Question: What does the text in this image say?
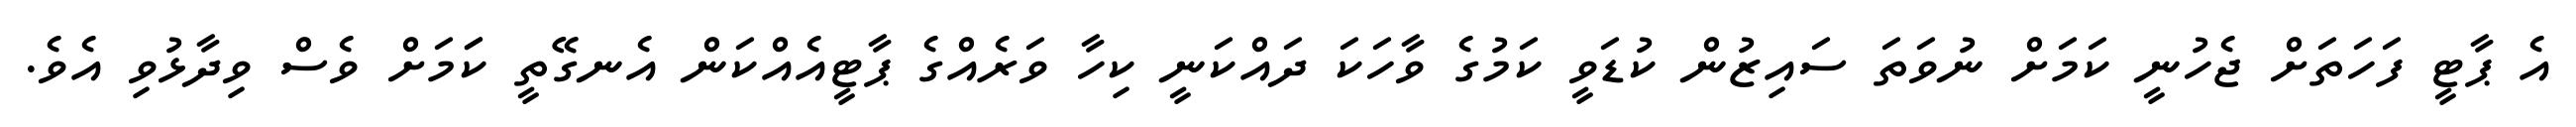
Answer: އެ ޕާޓީ ފަހަތަށް ޖެހުނީ ކަމަށް ނުވަތަ ސައިޒުން ކުޑަވީ ކަމުގެ ވާހަކަ ދައްކަނީ ކިހާ ވަރެއްގެ ޕާޓީއެއްކަން އެނގޭތީ ކަަމަށް ވެސް ވިދާޅުވި އެވެ.